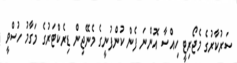
ސަރުކާރުގެ މެޖޯރިޓީ ހިއްސާ އޮންނަ ފެން ކުންފުނީގެ މެނޭޖިން ޑިރެކްޓަރުގެ މަގާމު ހުސްވީ